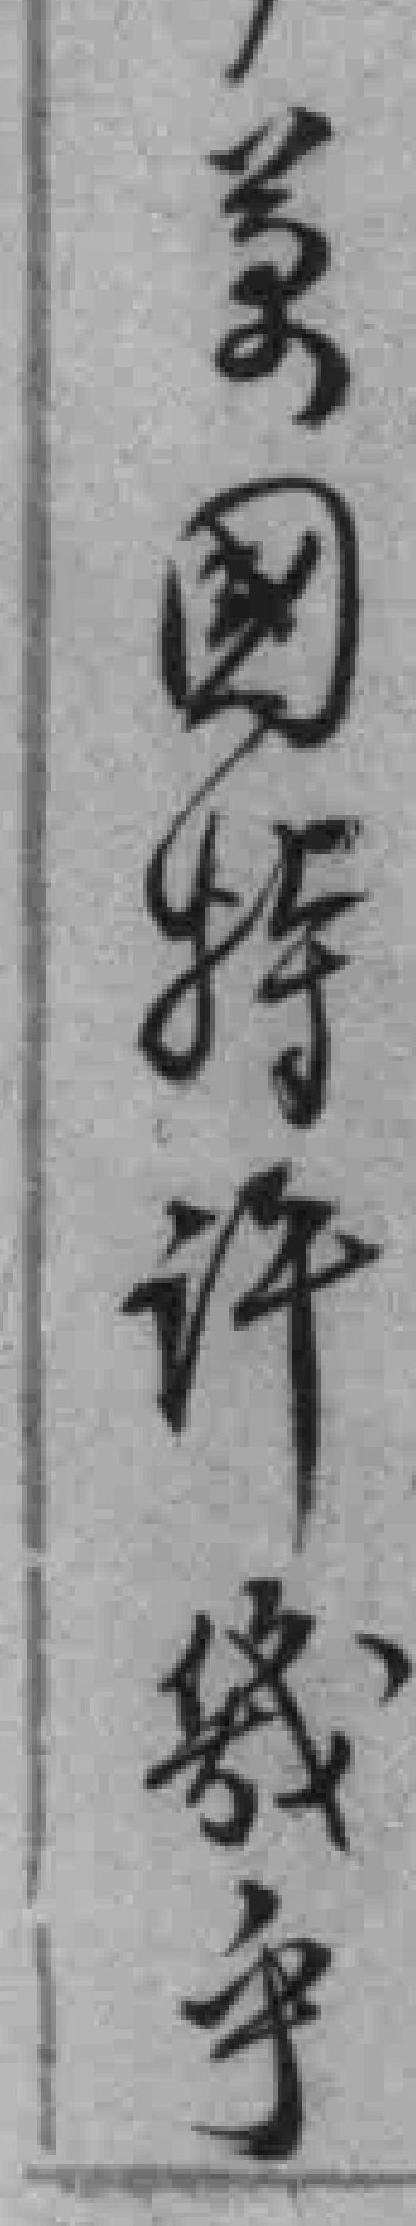
美國特许幾乎